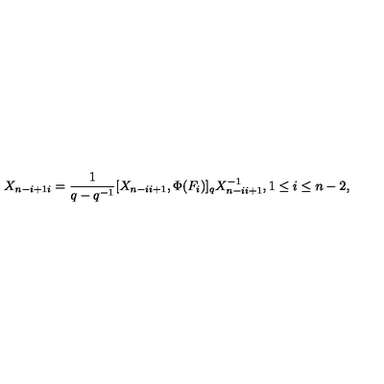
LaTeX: X _ { n - i + 1 i } = \frac { 1 } { q - q ^ { - 1 } } [ X _ { n - i i + 1 } , \Phi ( F _ { i } ) ] _ { q } X _ { n - i i + 1 } ^ { - 1 } , 1 \leq i \leq n - 2 ,